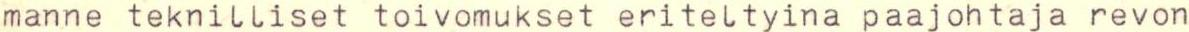
manne teknilliset toivomukset eriteltyina paajohtaja revon